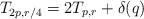
LaTeX: \begin{align*}T_{2p,r/4}=2T_{p,r}+\delta(q)\end{align*}